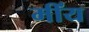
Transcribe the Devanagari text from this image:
मींय